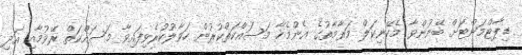
ޑިޕާޓްމަންޓަށް ބޭނުންވާ މެކޭނިކަލް މަރާމާތުގެ އެންމެހާ މަސައްކަތްކުރުން ހަވާލުކުރެވިފައިވާ މަސައްކަތް ރޭވުމާއި އަދި